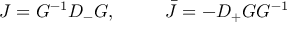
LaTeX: { \cal J } = G ^ { - 1 } D _ { - } G , ~ ~ ~ ~ ~ ~ ~ ~ \bar { \cal J } = - D _ { + } G G ^ { - 1 }